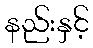
နည်းနှင့်